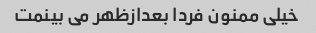
خیلی ممنون فردا بعدازظهر می بینمت